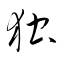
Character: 独